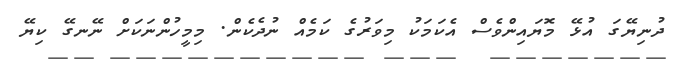
ދުނިޔޭގަ އުޅޭ މޮޔައިންވެސް އެކަމަކު މިވަރުގެ ކަމެއް ނުދެކެން. މިމީހުންނަކަށް ނޭނގޭ ކިޔޭ